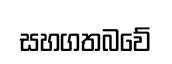
සහගතබවේ